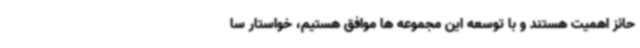
حائز اهمیت هستند و با توسعه این مجموعه ها موافق هستیم، خواستار سا